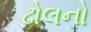
ઢોલનો